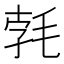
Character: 𣭷